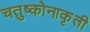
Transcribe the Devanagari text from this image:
चतुष्कोनाकृती